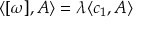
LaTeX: \langle [ \omega ] , A \rangle = \lambda \langle c _ { 1 } , A \rangle